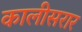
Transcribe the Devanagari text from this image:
कालीसरार